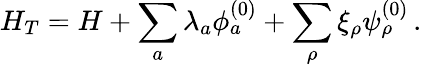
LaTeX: H_{T}=H+\sum_{a}\lambda_{a}\phi_{a}^{(0)}+\sum_{\rho}\xi_{\rho}\psi_{\rho}^{(0)}\, .